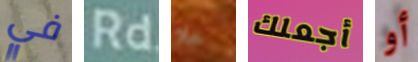
في Rd خلا أجعلك أو